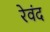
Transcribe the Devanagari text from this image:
रेवंद